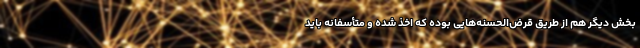
بخش دیگر هم از طریق قرض‌الحسنه‌هایی بوده که اخذ شده و متأسفانه باید